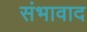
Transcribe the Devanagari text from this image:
संभावाद